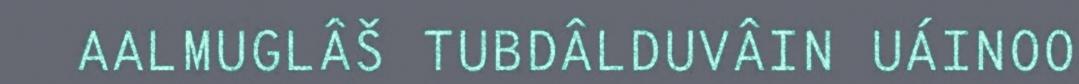
AALMUGLÂŠ TUBDÂLDUVÂIN UÁINOO